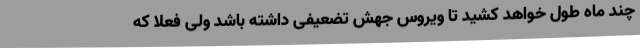
چند ماه طول خواهد کشید تا ویروس جهش تضعیفی داشته باشد ولی فعلا که